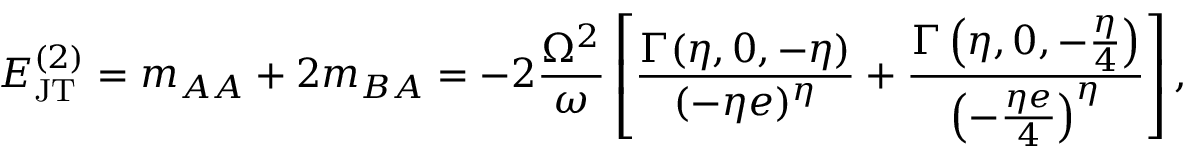
E _ { \mathrm { J T } } ^ { ( 2 ) } = m _ { A A } + 2 m _ { B A } = - 2 \frac { \Omega ^ { 2 } } { \omega } \left[ \frac { \Gamma ( \eta , 0 , - \eta ) } { ( - \eta e ) ^ { \eta } } + \frac { \Gamma \left( \eta , 0 , - \frac { \eta } { 4 } \right) } { \left( - \frac { \eta e } { 4 } \right) ^ { \eta } } \right] ,